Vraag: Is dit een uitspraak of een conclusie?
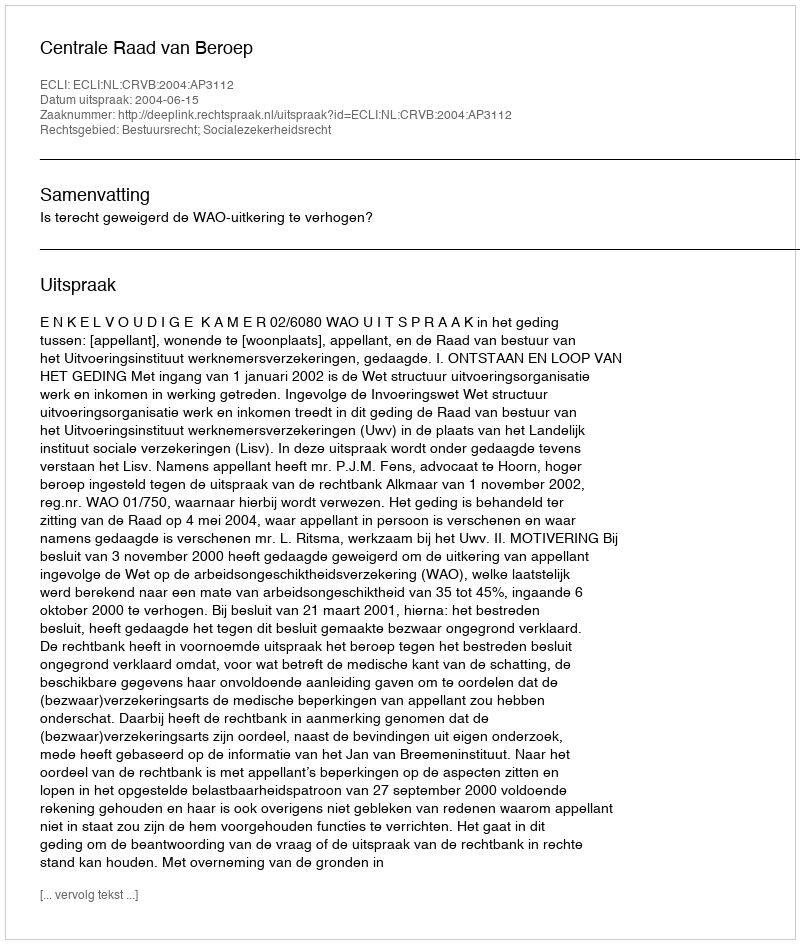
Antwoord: Uitspraak